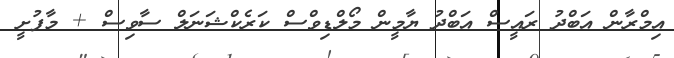
އިމްރާން އަބްދު ރައީސް އަބްދު ޔާމީން މޯލްޑިވްސް ކަރެކްޝަނަލް ސާވިސް + މާފުށީ